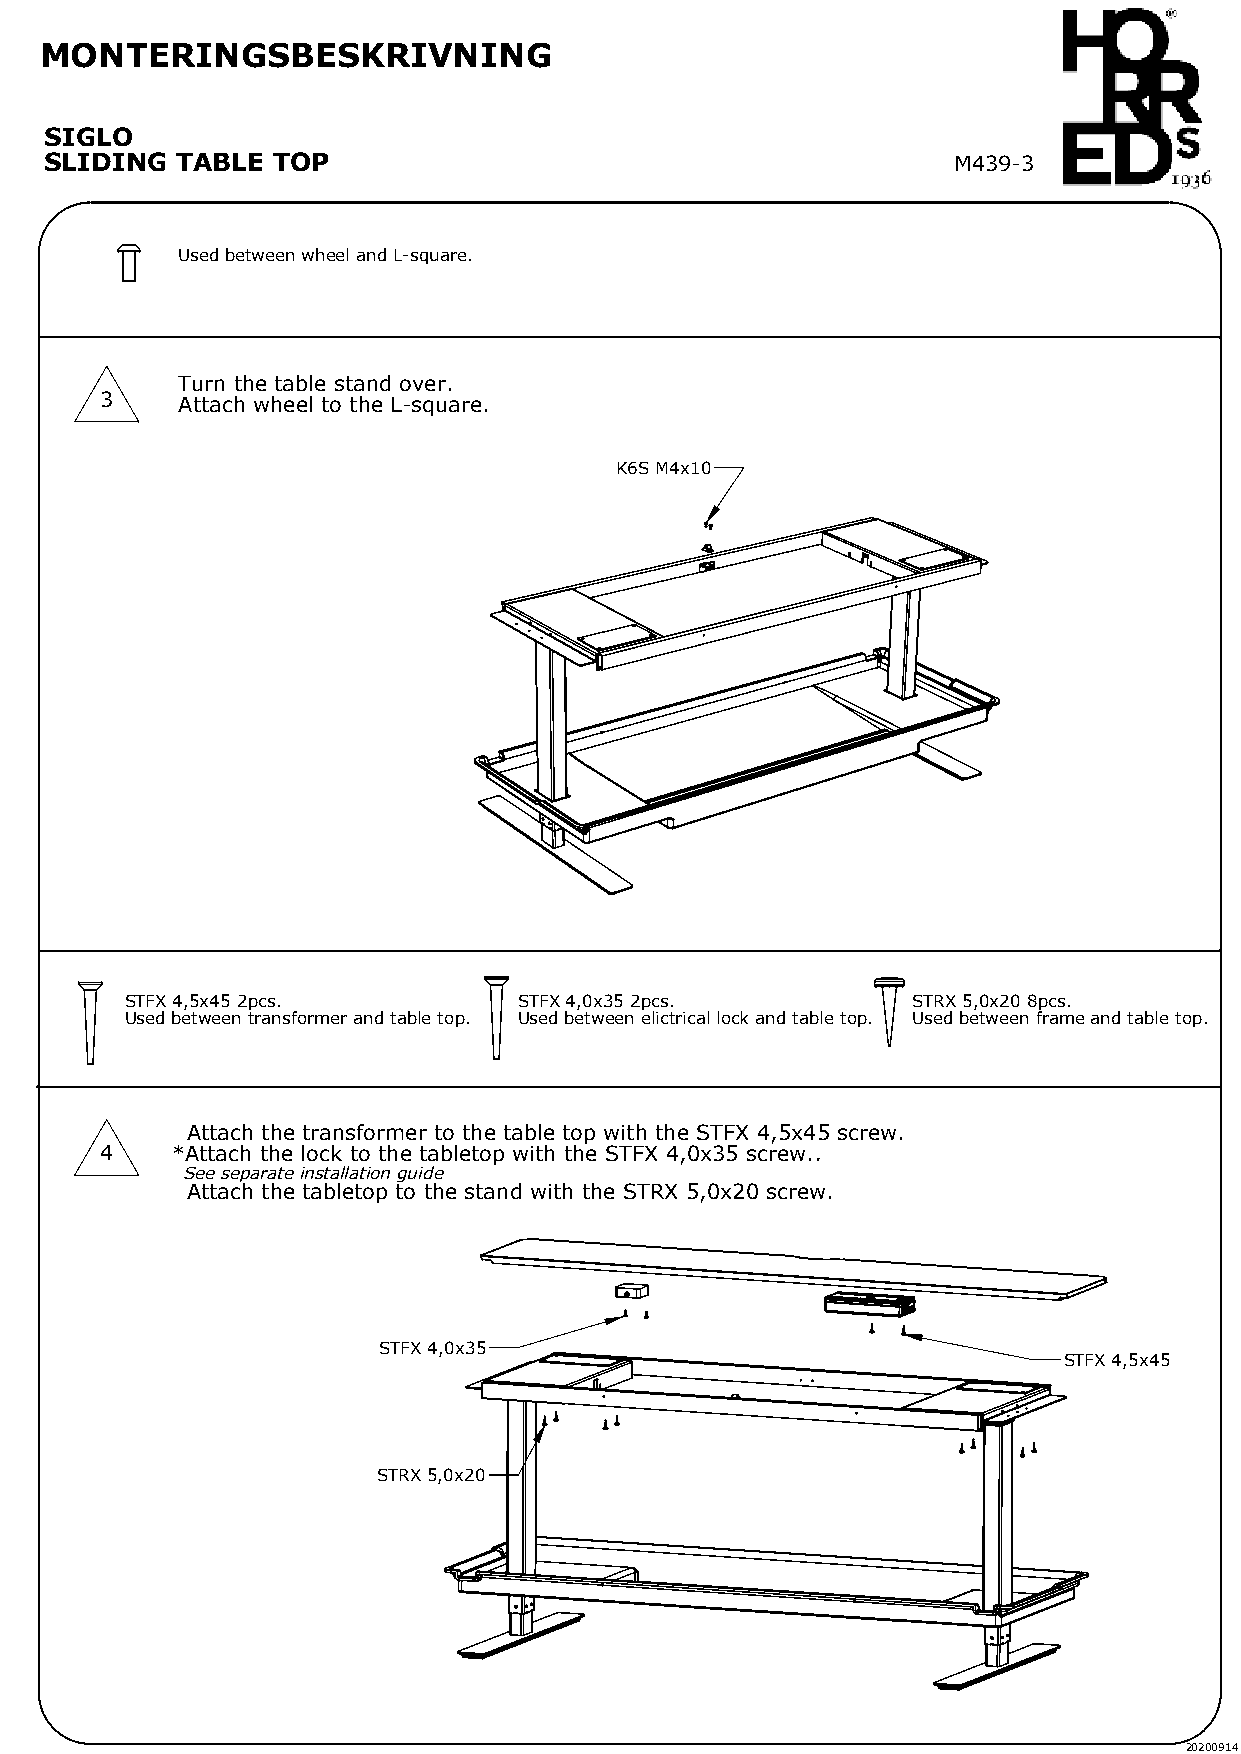
MONTERINGSBESKRIVNING
 SIGLO
 SLIDING  TABLE TOP                                          M439-3
 Used between wheel and L-square.
 Turn the table stand over.
 3    Attach wheel to the L-square.
 K6S M4x10
 STFX 4,5x45 2pcs.         STFX 4,0x35 2pcs.         STRX 5,0x20 8pcs.
 Used between transformer and table top. Used between elictrical lock and table top. Used between frame and table top.
 Attach the transformer to the table top with the STFX 4,5x45 screw.
 4   *Attach the lock to the tabletop with the STFX 4,0x35 screw..
 See separate installation guide
 Attach the tabletop to the stand with the STRX 5,0x20 screw.
 STFX 4,0x35
 STFX 4,5x45
 STRX 5,0x20
 20200914